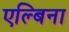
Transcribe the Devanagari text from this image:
एल्बिना